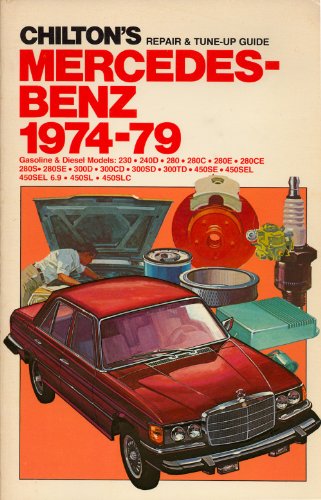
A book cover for Chilton's repair & tune-up guide, Mercedes-Benz, 1974-79: Gasoline & diesel models, 230, 240D, 280, 280C, 280E, 280CE, 280S, 280SE, 300D, 300CD, 300SD, 300TD, 450SE, 450SEL, 450SEL 6.9, 450SL, 450SLC; Chilton Book Company; Engineering & Transportation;